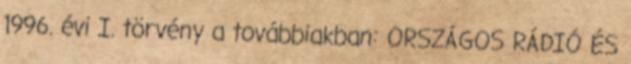
1996. évi I. törvény a továbbiakban: ORSZÁGOS RÁDIÓ ÉS